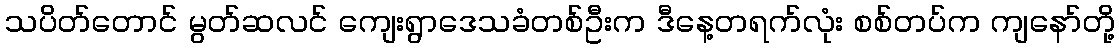
သပိတ်တောင် မွတ်ဆလင် ကျေးရွာဒေသခံတစ်ဦးက ဒီနေ့တရက်လုံး စစ်တပ်က ကျနော်တို့